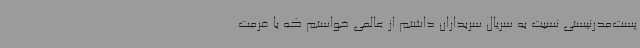
پست‌مدرنیستی نسبت به سریال سربداران داشتم از عالمی خواستم که با فرمت